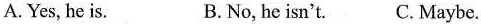
A.Yes, he is. B.No, he isn't. C.Maybe.